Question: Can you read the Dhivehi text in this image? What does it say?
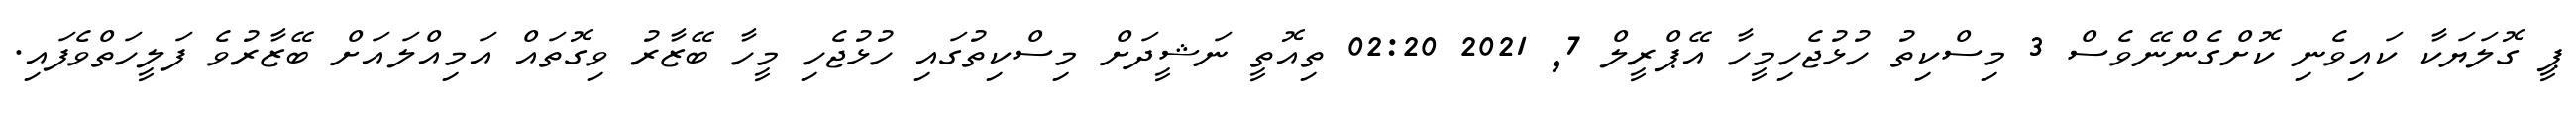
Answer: ޕީ ގޮލަޔަކާ ކައިވެނި ކޮށްގެންނޭވެސް 3 މިސްކިތު ހުޅުޖެހިމީހާ އޭޕްރީލް 7, 2021 02:20 ތިއޮތީ ނަޝީދަށް މިސްކިތުގައި ހުޅުޖެހި މީހާ ބޭޒާރު ވިގޮތައް އަމިއްލައަށް ބޭޒާރުވެ ފަލީހަތްވެފައި.